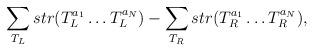
LaTeX: \begin{align*}\sum_{T_{L}}str(T_{L}^{a_{1}}\ldots T_{L}^{a_{N}})-\sum_{T_{R}}str(T_{R}^{a_{1}}\ldots T_{R}^{a_{N}}),\end{align*}